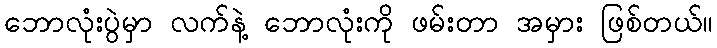
ဘောလုံးပွဲမှာ လက်နဲ့ ဘောလုံးကို ဖမ်းတာ အမှား ဖြစ်တယ်။